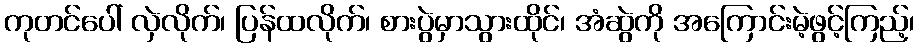
ကုတင်ပေါ် လှဲလိုက်၊ ပြန်ထလိုက်၊ စားပွဲမှာသွားထိုင်၊ အံဆွဲကို အကြောင်းမဲ့ဖွင့်ကြည့်၊